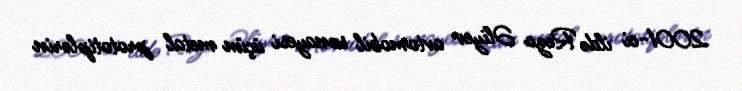
2001-ci ildə Rezo Əliyev avtomobil sənayesi üçün metal prototiplərin